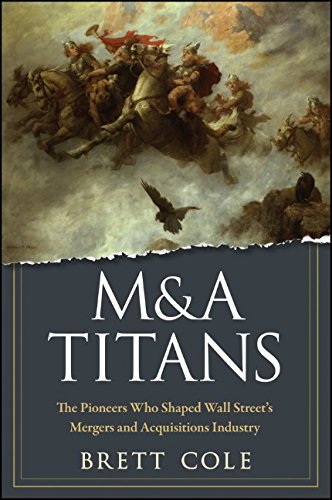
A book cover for M&A Titans: The Pioneers Who Shaped Wall Street's Mergers and Acquisitions Industry; Brett Cole; Business & Money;